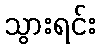
သွားရင်း